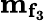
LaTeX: \mathbf{m_{f_{3}}}